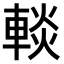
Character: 𨌹